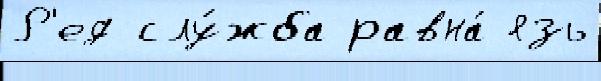
Р'ед слу́жба равна́ язь